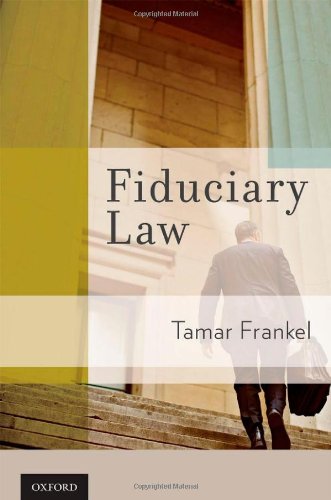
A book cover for Fiduciary Law; Tamar T Frankel; Law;